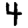
Digit: 4